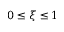
0 \leq \xi \leq 1